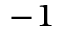
^ { - 1 }